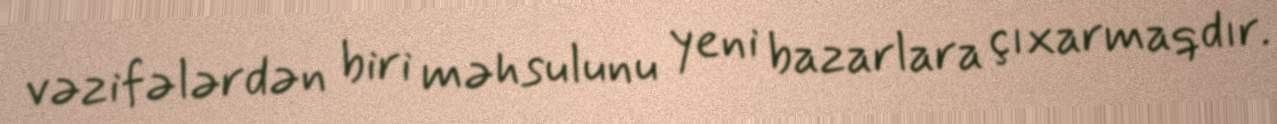
vəzifələrdən biri məhsulunu yeni bazarlara çıxarmaqdır.